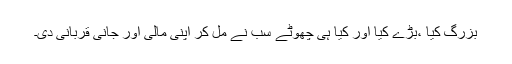
بزرگ کیا ،بڑے کیا اور کیا ہی چھوٹے سب نے مل کر اپنی مالی اور جانی قربانی دی۔